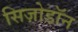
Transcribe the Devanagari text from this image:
सिज़ोडॉन